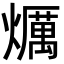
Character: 爄